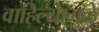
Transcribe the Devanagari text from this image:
वाहिल्यामुळे